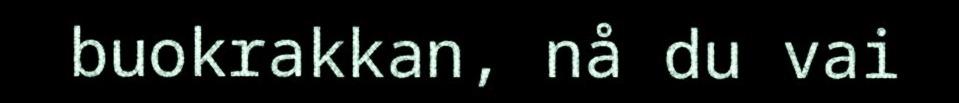
buokrakkan, nå du vai